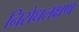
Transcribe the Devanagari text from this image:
निरोधलक्षण